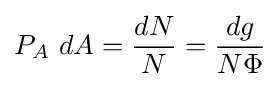
P_{A}~dA={\frac {dN}{N}}={\frac {dg}{N\Phi }}